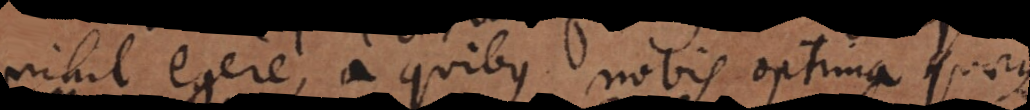
nihil egere, a quibus nobis optima quaeque